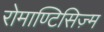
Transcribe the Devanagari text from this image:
रोमाण्टिसिज़्म